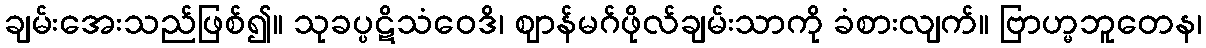
ချမ်းအေးသည်ဖြစ်၍။ သုခပ္ပဋိသံဝေဒိ၊ ဈာန်မဂ်ဖိုလ်ချမ်းသာကို ခံစားလျက်။ ဗြာဟ္မဘူတေန၊